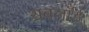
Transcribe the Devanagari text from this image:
सबलॉर्ड